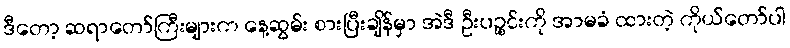
ဒီတော့ ဆရာတော်ကြီးများက နေ့ဆွမ်း စားပြီးချိန်မှာ အဲဒီ ဦးပဉ္စင်းကို အာမခံ ထားတဲ့ ကိုယ်တော်ပါ